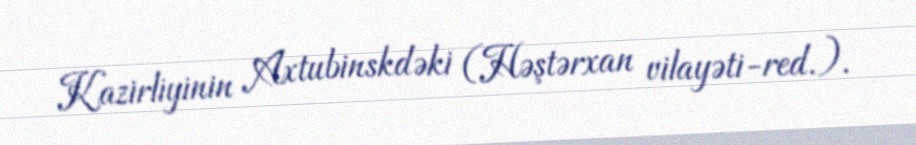
Kazirliyinin Axtubinskdəki (Həştərxan vilayəti-red.).